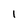
Character: I